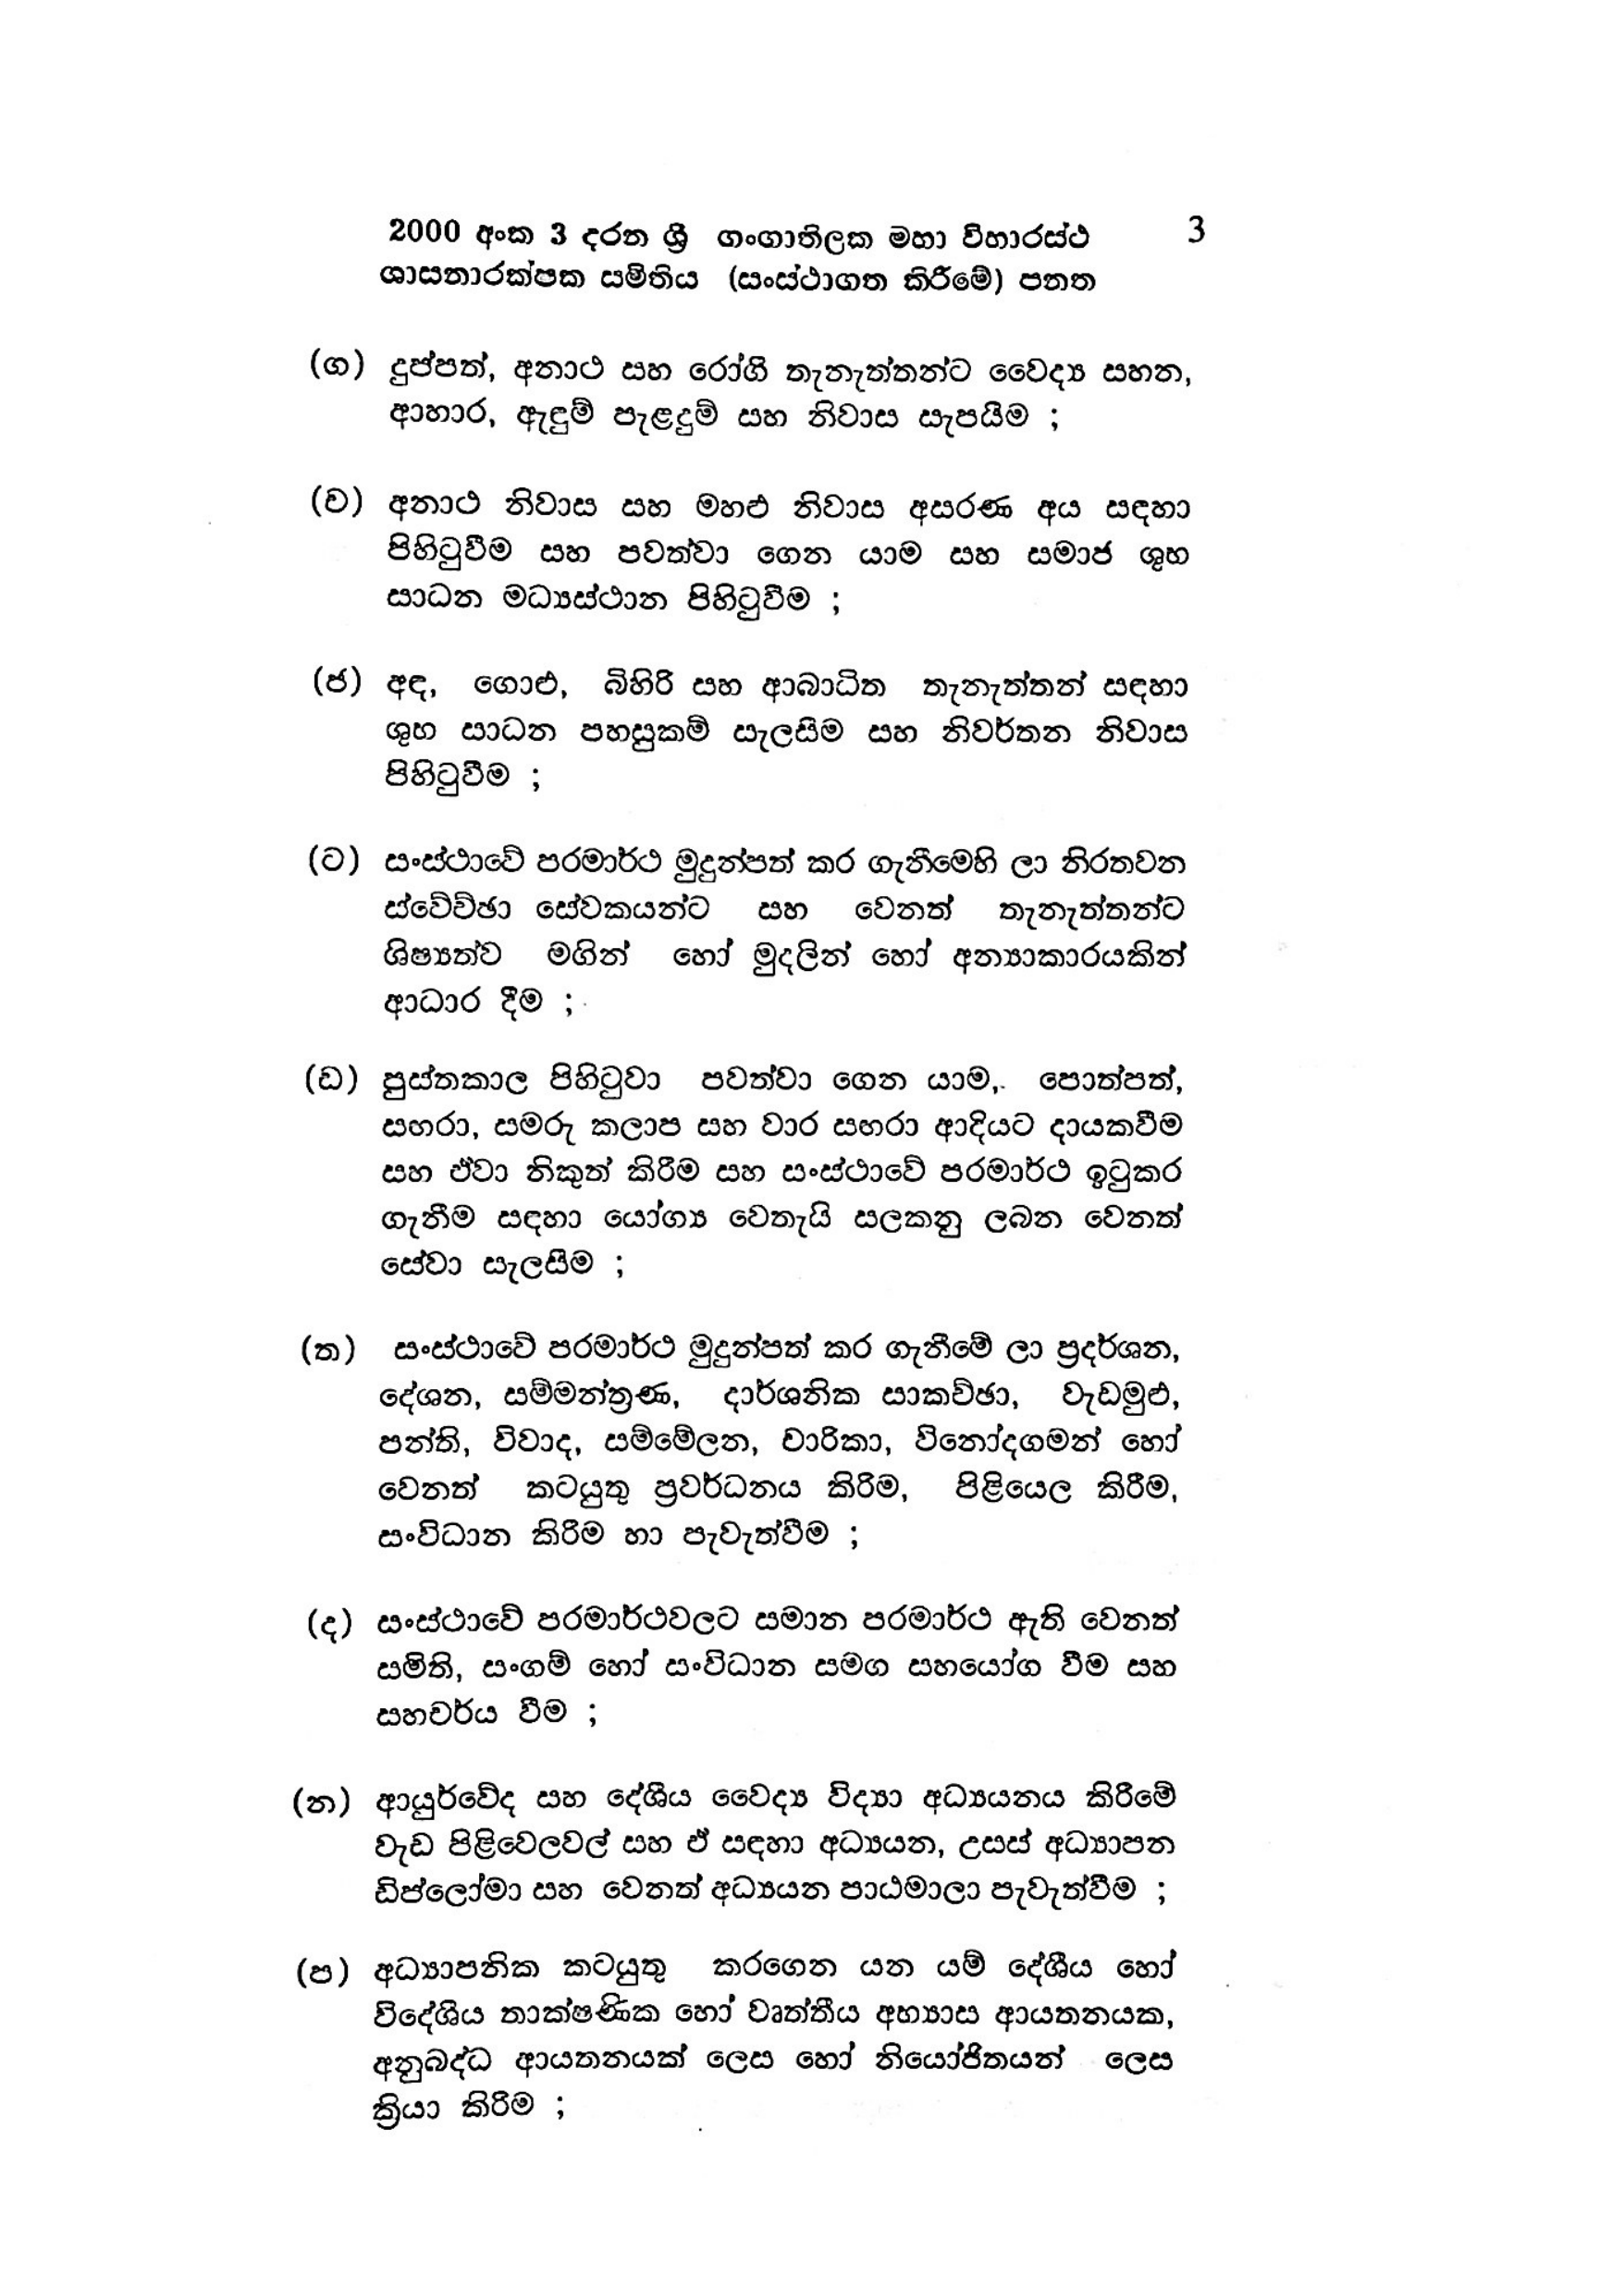
2000 අංක 3 දරන ශ්‍රී ගංගාතිලක මහා විහාරස්ථ  3
ශාසනාරක්ෂක සමිතිය (සංස්ථාගත කිරීමේ) පනත

(ග) දුප්පත්, අනාථ සහ රෝගී තැනැත්තන්ට වෛද්‍ය සහන,
ආහාර, ඇඳුම් පැළදුම් සහ නිවාස සැපයිම ;

(ච) අනාථ නිවාස සහ මහළු නිවාස අසරණ අය සඳහා
පිහිටුවීම සහ පවත්වා ගෙන යාම සහ සමාජ ශුභ
සාධන මධ්‍යස්ථාන පිහිටුවීම ;

(ජ) අඳ, ගොළු, බිහිරි සහ ආබාධිත තැනැත්තන් සඳහා
ශුභ සාධන පහසුකම් සැලසීම සහ නිවර්තන නිවාස
පිහිටුවීම ;

(ට) සංස්ථාවේ පරමාර්ථ මුදුන්පත් කර ගැනීමෙහි ලා නිරතවන
ස්වේච්ඡා සේවකයන්ට සහ වෙනත් තැනැත්තන්ට
ශිෂ්‍යත්ව මගින් හෝ මුදලින් හෝ අන්‍යාකාරයකින්
ආධාර දීම ;

(ඩ) පුස්තකාල පිහිටුවා පවත්වා ගෙන යාම,. පොත්පත්,
සඟරා, සමරු කලාප සහ වාර සඟරා ආදියට දායකවීම
සහ ඒවා නිකුත් කිරීම සහ සංස්ථාවේ පරමාර්ථ ඉටුකර
ගැනීම සඳහා යෝග්‍ය වෙතැයි සලකනු ලබන වෙනත්
සේවා සැලසීම ;

(ත) සංස්ථාවේ පරමාර්ථ මුදුන්පත් කර ගැනීමේ ලා ප්‍රදර්ශන,
දේශන, සම්මන්ත්‍රණ, දාර්ශනික සාකච්ඡා, වැඩමුළු,
පන්ති, විවාද, සම්මේලන, චාරිකා, විනෝදගමන් හෝ
වෙනත් කටයුතු ප්‍රවර්ධනය කිරීම, පිළියෙල කිරීම,
සංවිධාන කිරීම හා පැවැත්වීම ;

(ද) සංස්ථාවේ පරමාර්ථවලට සමාන පරමාර්ථ ඇති වෙනත්
සමිති, සංගම් හෝ සංවිධාන සමග සහයෝග වීම සහ
සහචර්ය වීම ;

(න) ආයුර්වේද සහ දේශීය වෛද්‍ය විද්‍යා අධ්‍යයනය කිරීමේ
වැඩ පිළිවෙලවල් සහ ඒ සඳහා අධ්‍යයන, උසස් අධ්‍යාපන
ඩිප්ලෝමා සහ වෙනත් අධ්‍යයන පාඨමාලා පැවැත්වීම;

(ප) අධ්‍යාපනික කටයුතු කරගෙන යන යම් දේශීය හෝ
විදේශිය තාක්ෂණික හෝ වෘත්තීය අභ්‍යාස ආයතනයක,
අනුබද්ධ ආයතනයක් ලෙස හෝ නියෝජිතයන් ලෙස
ක්‍රියා කිරිම ;